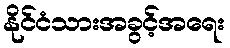
နိုင်ငံသားအခွင့်အရေး